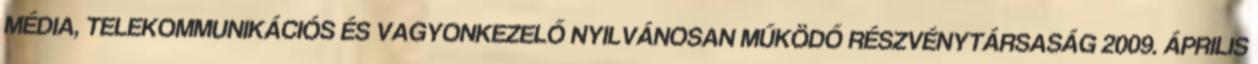
MÉDIA, TELEKOMMUNIKÁCIÓS ÉS VAGYONKEZELŐ NYILVÁNOSAN MŰKÖDŐ RÉSZVÉNYTÁRSASÁG 2009. ÁPRILIS